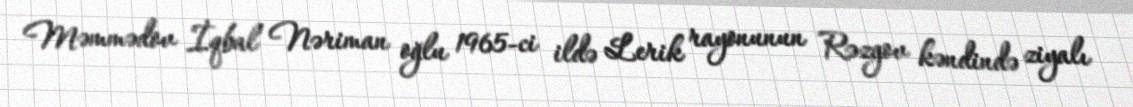
Məmmədov İqbal Nəriman oğlu 1965-ci ildə Lerik rayonunun Rəzgov kəndində ziyalı